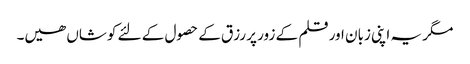
مگر یہ اپنی زبان اور قلم کے زور پر رزق کے حصول کے لئے کوشاں ھیں۔